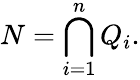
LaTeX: N=\bigcap_{i=1}^{n}Q_{i}.